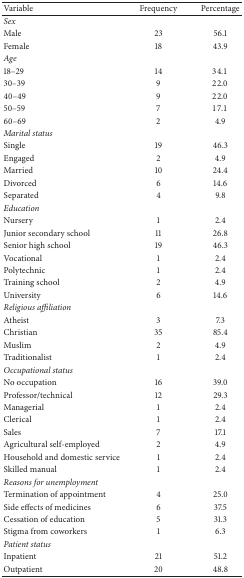
<table><thead><tr><td><b>Variable</b></td><td><b>Frequency</b></td><td><b>Percentage</b></td></tr></thead><tbody><tr><td><i>Sex</i></td><td>[EMPTY_CELL]</td><td>[EMPTY_CELL]</td></tr><tr><td>Male</td><td>23</td><td>56.1</td></tr><tr><td>Female</td><td>18</td><td>43.9</td></tr><tr><td><i>Age</i></td><td>[EMPTY_CELL]</td><td>[EMPTY_CELL]</td></tr><tr><td>18–29</td><td>14</td><td>34.1</td></tr><tr><td>30–39</td><td>9</td><td>22.0</td></tr><tr><td>40–49</td><td>9</td><td>22.0</td></tr><tr><td>50–59</td><td>7</td><td>17.1</td></tr><tr><td>60–69</td><td>2</td><td>4.9</td></tr><tr><td colspan="2"><i>Marital status</i></td><td>[EMPTY_CELL]</td></tr><tr><td>Single</td><td>19</td><td>46.3</td></tr><tr><td>Engaged</td><td>2</td><td>4.9</td></tr><tr><td>Married</td><td>10</td><td>24.4</td></tr><tr><td>Divorced</td><td>6</td><td>14.6</td></tr><tr><td>Separated</td><td>4</td><td>9.8</td></tr><tr><td colspan="2"><i>Education</i></td><td>[EMPTY_CELL]</td></tr><tr><td>Nursery</td><td>1</td><td>2.4</td></tr><tr><td>Junior secondary school</td><td>11</td><td>26.8</td></tr><tr><td>Senior high school</td><td>19</td><td>46.3</td></tr><tr><td>Vocational</td><td>1</td><td>2.4</td></tr><tr><td>Polytechnic</td><td>1</td><td>2.4</td></tr><tr><td>Training school</td><td>2</td><td>4.9</td></tr><tr><td>University</td><td>6</td><td>14.6</td></tr><tr><td colspan="2"><i>Religious affiliation</i></td><td>[EMPTY_CELL]</td></tr><tr><td>Atheist</td><td>3</td><td>7.3</td></tr><tr><td>Christian</td><td>35</td><td>85.4</td></tr><tr><td>Muslim</td><td>2</td><td>4.9</td></tr><tr><td>Traditionalist</td><td>1</td><td>2.4</td></tr><tr><td colspan="2"><i>Occupational status</i></td><td>[EMPTY_CELL]</td></tr><tr><td>No occupation</td><td>16</td><td>39.0</td></tr><tr><td>Professor/technical</td><td>12</td><td>29.3</td></tr><tr><td>Managerial</td><td>1</td><td>2.4</td></tr><tr><td>Clerical</td><td>1</td><td>2.4</td></tr><tr><td>Sales</td><td>7</td><td>17.1</td></tr><tr><td>Agricultural self-employed</td><td>2</td><td>4.9</td></tr><tr><td>Household and domestic service</td><td>1</td><td>2.4</td></tr><tr><td>Skilled manual</td><td>1</td><td>2.4</td></tr><tr><td colspan="3"><i>Reasons for unemployment</i></td></tr><tr><td>Termination of appointment</td><td>4</td><td>25.0</td></tr><tr><td>Side effects of medicines</td><td>6</td><td>37.5</td></tr><tr><td>Cessation of education</td><td>5</td><td>31.3</td></tr><tr><td>Stigma from coworkers</td><td>1</td><td>6.3</td></tr><tr><td colspan="2"><i>Patient status</i></td><td>[EMPTY_CELL]</td></tr><tr><td>Inpatient</td><td>21</td><td>51.2</td></tr><tr><td>Outpatient</td><td>20</td><td>48.8</td></tr></tbody></table>